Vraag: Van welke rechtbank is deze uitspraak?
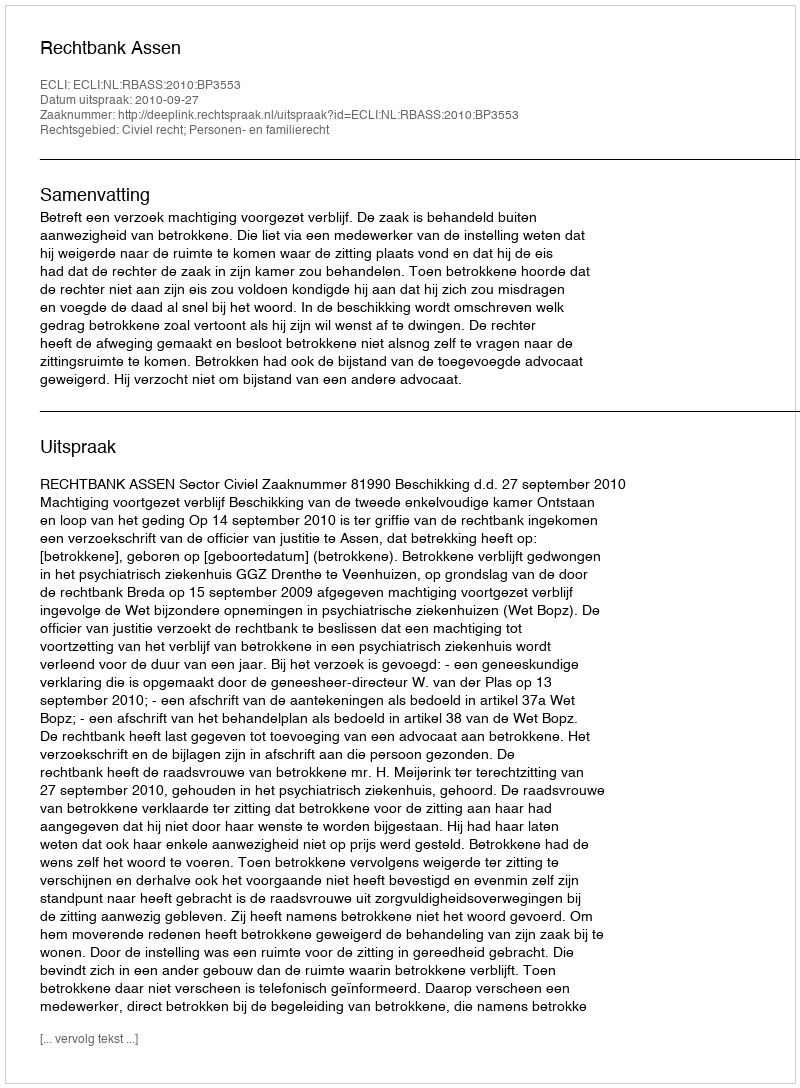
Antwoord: Rechtbank Assen